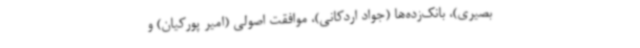
بصیری)، بانک‌زده‌ها (جواد اردکانی)، موافقت اصولی (امیر پورکیان) و